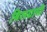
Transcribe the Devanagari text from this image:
बिलग्रामी